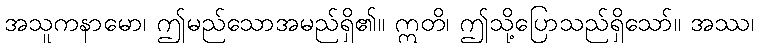
အသူကနာမော၊ ဤမည်သောအမည်ရှိ၏။ ဣတိ၊ ဤသို့ပြောသည်ရှိသော်။ အဿ၊